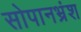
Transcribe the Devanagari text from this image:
सोपानभ्रंश